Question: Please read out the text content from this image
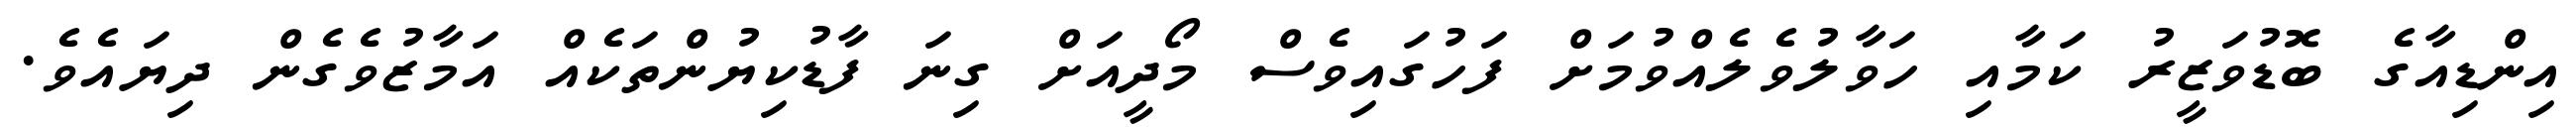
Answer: އިންޑިއާގެ ބޮޑުވަޒީރު ކަމާއި ހަވާލުވެލެއްވުމަށް ފަހުގައިވެސް މޯދީއަށް ގިނަ ފާޑުކިޔުންތަކެއް އަމާޒުވެގެން ދިޔައެވެ.